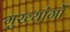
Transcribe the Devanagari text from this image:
मुख्यांगों